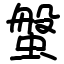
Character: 螌